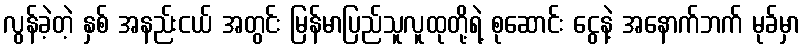
လွန်ခဲ့တဲ့ နှစ် အနည်းငယ် အတွင်း မြန်မာပြည်သူလူထုတို့ရဲ့ စုဆောင်း ငွေနဲ့ အနောက်ဘက် မုခ်မှာ